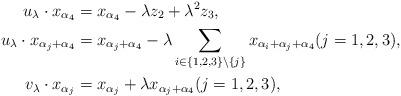
LaTeX: \begin{align*} u_\lambda \cdot x_{\alpha_4} &= x_{\alpha_4} - \lambda z_2 + \lambda^2 z_3,\\ u_\lambda \cdot x_{\alpha_j+\alpha_4} & = x_{\alpha_j+\alpha_4} - \lambda \sum_{i \in \{1,2,3\} \setminus \{j\}} x_{\alpha_i+\alpha_j+\alpha_4} (j=1,2,3),\\ v_\lambda \cdot x_{\alpha_j} &= x_{\alpha_j} + \lambda x_{\alpha_j+\alpha_4} (j=1,2,3), \end{align*}